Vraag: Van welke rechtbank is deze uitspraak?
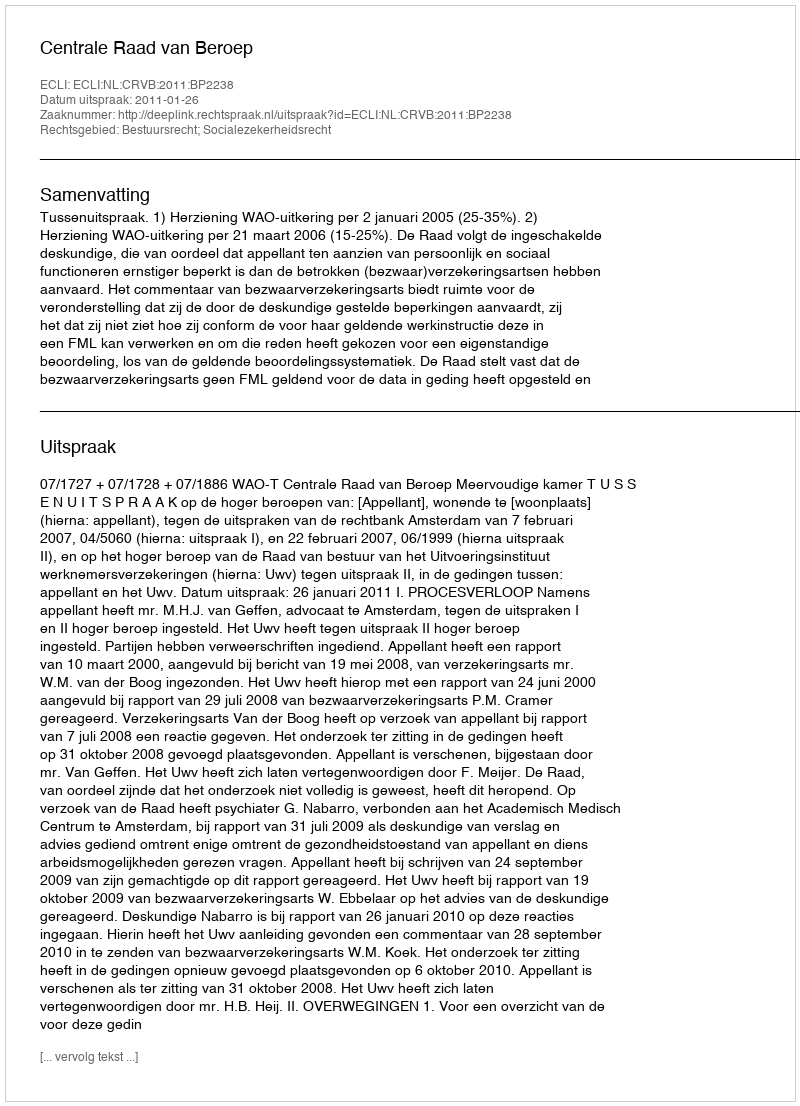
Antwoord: Centrale Raad van Beroep